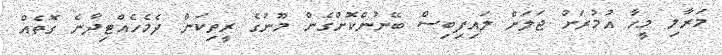
މަރާލި މީހާ އުމުރަށް ޖަލަށް ލައިފިބިސް ބޭނުންކޮށްގެން މޫނުގެ ރީތިކަން ދެމެހެއްޓިދާނެ ގޮތެއް